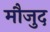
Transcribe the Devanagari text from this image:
माैजुद